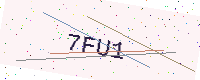
Text: 7FU1